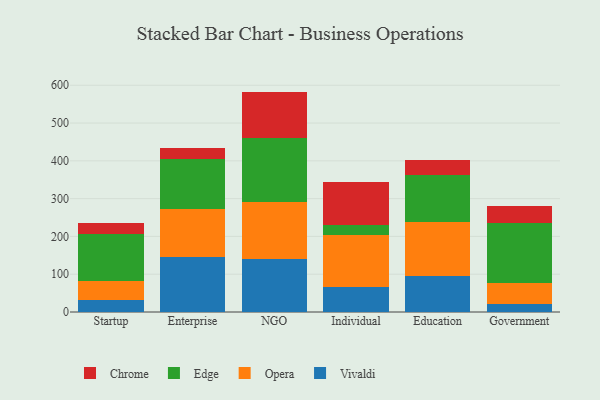
{"axis": {"x": "Segment", "y": "Satisfaction Score"}, "legend": ["Chrome", "Edge", "Opera", "Vivaldi"], "data": [{"x": "Startup", "y": 30.9, "type": "Vivaldi"}, {"x": "Startup", "y": 51.1, "type": "Opera"}, {"x": "Startup", "y": 123.3, "type": "Edge"}, {"x": "Startup", "y": 30.5, "type": "Chrome"}, {"x": "Enterprise", "y": 145.5, "type": "Vivaldi"}, {"x": "Enterprise", "y": 128.1, "type": "Opera"}, {"x": "Enterprise", "y": 130.9, "type": "Edge"}, {"x": "Enterprise", "y": 29.8, "type": "Chrome"}, {"x": "NGO", "y": 140.4, "type": "Vivaldi"}, {"x": "NGO", "y": 152.0, "type": "Opera"}, {"x": "NGO", "y": 168.9, "type": "Edge"}, {"x": "NGO", "y": 121.9, "type": "Chrome"}, {"x": "Individual", "y": 67.3, "type": "Vivaldi"}, {"x": "Individual", "y": 136.8, "type": "Opera"}, {"x": "Individual", "y": 26.0, "type": "Edge"}, {"x": "Individual", "y": 115.2, "type": "Chrome"}, {"x": "Education", "y": 95.7, "type": "Vivaldi"}, {"x": "Education", "y": 143.1, "type": "Opera"}, {"x": "Education", "y": 123.4, "type": "Edge"}, {"x": "Education", "y": 39.6, "type": "Chrome"}, {"x": "Government", "y": 21.3, "type": "Vivaldi"}, {"x": "Government", "y": 55.3, "type": "Opera"}, {"x": "Government", "y": 159.1, "type": "Edge"}, {"x": "Government", "y": 44.4, "type": "Chrome"}]}